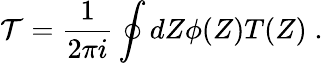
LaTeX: {\cal T}=\frac{1}{2\pi i}\oint dZ\phi(Z)T(Z)\; .